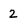
Character: 2